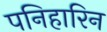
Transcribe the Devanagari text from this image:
पनिहारिन